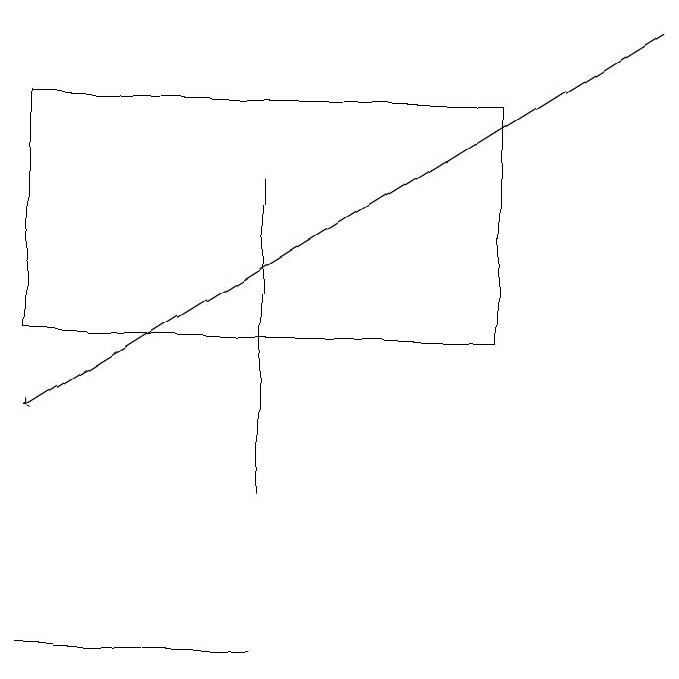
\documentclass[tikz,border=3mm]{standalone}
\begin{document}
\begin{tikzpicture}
\draw (3,17) rectangle (3,13);
\draw (0,11) rectangle (3,11);
\draw[->] (8,19) -- (0,14);
\draw (0,18) rectangle (6,15);
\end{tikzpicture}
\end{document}